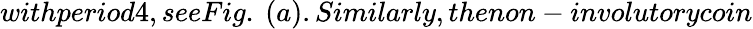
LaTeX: withperiod4,seeFig.~(a).Similarly,thenon-involutorycoin